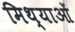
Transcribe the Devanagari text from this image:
मिथ्याओं